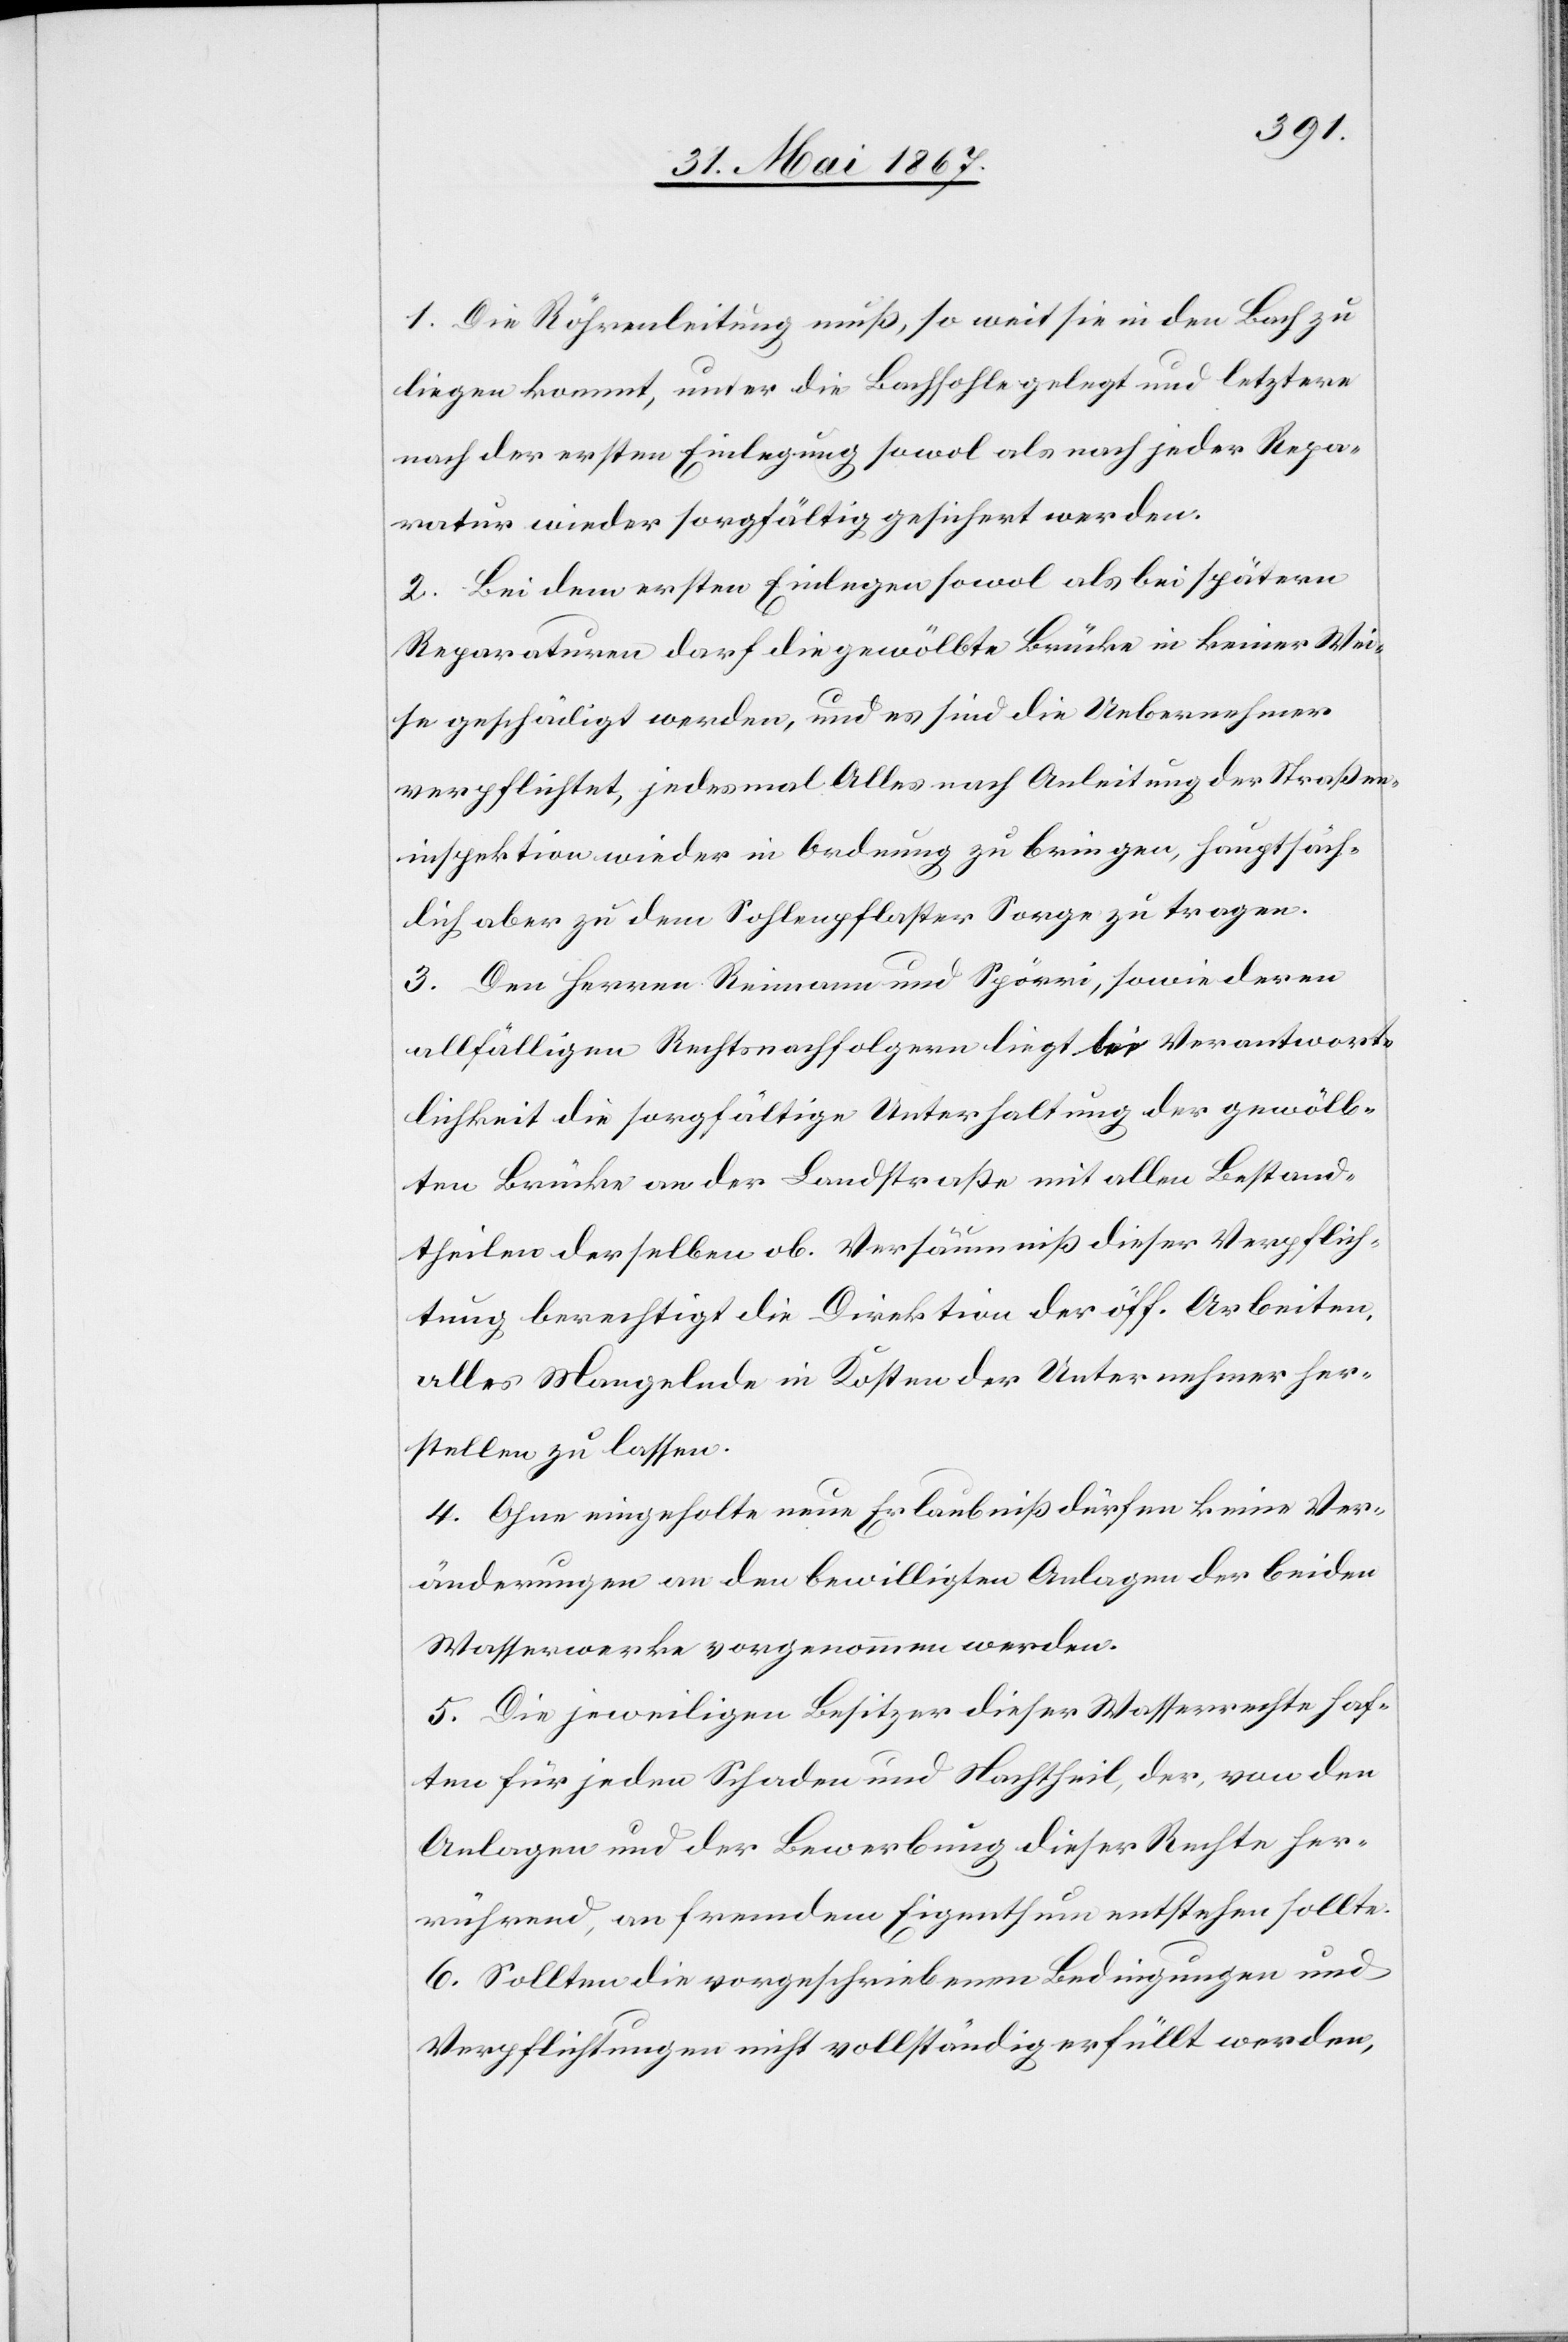
1. Die Röhrenleitung muß, so weit sie in den Bach zu
liegen kommt, unter die Bachsohle gelegt und letztere
nach der ersten Einlegung sowol als nach jeder Repa¬
ratur wieder sorgfältig gesichert werden.
2. Bei dem ersten Einlegen sowol als bei spätern
Reparaturen darf die gewölbte Brücke in keiner Wei¬
se geschädigt werden, und es sind die Uebernehmer
verpflichtet, jedesmal Alles nach Anleitung der Straßen¬
inspektion wieder in Ordnung zu bringen, hauptsäch¬
lich aber zu dem Sohlenpflaster Sorge zu tragen.
3. Den Herren Reimann und Spörri, sowie deren
allfälligen Rechtsnachfolgern liegt die Verantwort¬
lichkeit die sorgfältige Unterhaltung der gewölb¬
ten Brücke an der Landstraße mit allen Bestand¬
theilen derselben ob. Versäumniß dieser Verpflich¬
tung berechtigt die Direktion der öff. Arbeiten,
alles Mangelnde in Kosten der Unternehmer her¬
stellen zu lassen.
4. Ohne eingeholte neue Erlaubniß dürfen keine Ver¬
änderungen an den bewilligten Anlagen der beiden
Wasserwerke vorgenommen werden.
5. Die jeweiligen Besitzer dieser Wasserrechte haf¬
ten für jeden Schaden und Nachtheil, der, von den
Anlagen und der Bewerbung dieser Rechte her¬
rührend, an fremdem Eigenthum entstehen sollte.
6. Sollten die vorgeschriebenen Bedingungen und
Verpflichtungen nicht vollständig erfüllt werden,